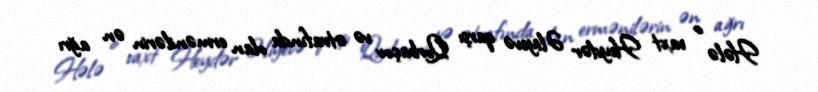
Hələ o vaxt Heydər Əliyevə qarşı Qorbaçov və ətrafında olan ermənilərin ən ağrı